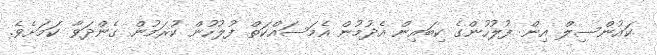
ކައުންސިލް އިން ފުލުހުންގެ ކިބައިން އެދުމުން އެމަސައްކަތް ފުލުހުން ކުރަމުން ގެންދަވާ ކަމަށެވެ.